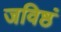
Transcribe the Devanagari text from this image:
जविष्ठं